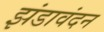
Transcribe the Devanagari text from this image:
झंडावंदन